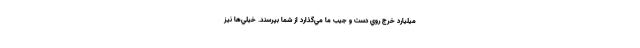
ميليارد خرج روي دست و جيب ما مي‌گذارد از شما بپرسند. خيلي‌ها نيز